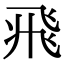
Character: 𩙱